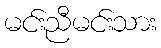
မင်းညီမင်းသား